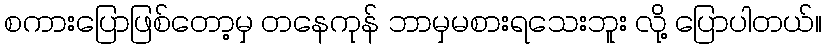
စကားပြောဖြစ်တော့မှ တနေကုန် ဘာမှမစားရသေးဘူး လို့ ပြောပါတယ်။